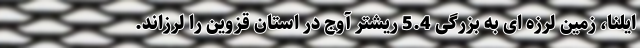
ایلنا، زمین لرزه ای به بزرگی 5.4 ریشتر آوج در استان قزوین را لرزاند.